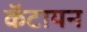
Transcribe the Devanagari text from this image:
कॅटायन